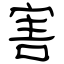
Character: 害